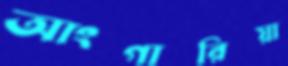
আংগারিয়া